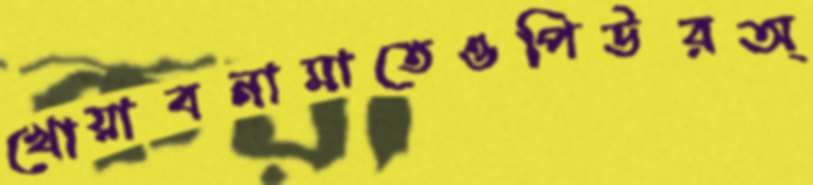
খোয়াবনামাতেওপিউরঅ্